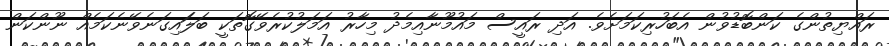
ރައްޔިތުންގެ ކަންބޮޑުވުން އެބަހުރިކަމަށެވެ. އަދި ރައީސް މައުމޫނާއިމެދު މިހާރު އަމަލުކުރެވޭގޮތަކީ ބަލަައިގަނެވޭނެކަމެއް ނޫންކަން